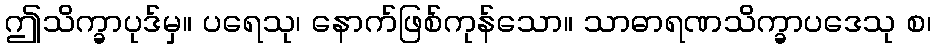
ဤသိက္ခာပုဒ်မှ။ ပရေသု၊ နောက်ဖြစ်ကုန်သော။ သာဓာရဏသိက္ခာပဒေသု စ၊